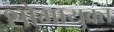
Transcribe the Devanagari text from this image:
शोभायुक्त